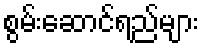
စွမ်းဆောင်ရည်များ